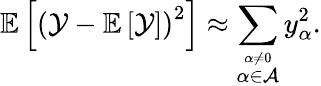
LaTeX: \mathbb{E}\left[\left(\mathcal{Y}-\mathbb{E}\left[\mathcal{Y}\right]\right)^{2}\right]\approx\sum_{\stackrel{\alpha\neq 0}{\alpha\in\cal A}}\mathnormal{y}_{\alpha}^{2}.